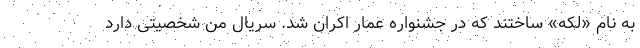
به نام «لکه» ساختند که در جشنواره عمار اکران شد. سریال من شخصیتی دارد